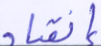
إنقياد